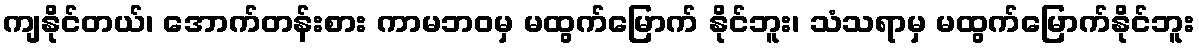
ကျနိုင်တယ်၊ အောက်တန်းစား ကာမဘဝမှ မထွက်မြောက် နိုင်ဘူး၊ သံသရာမှ မထွက်မြောက်နိုင်ဘူး